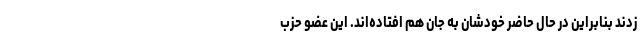
زدند بنابراین در حال حاضر خودشان به جان هم افتاده‌اند. این عضو حزب